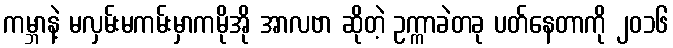
ကမ္ဘာနဲ့ မလှမ်းမကမ်းမှာကမိုအို အာလဗာ ဆိုတဲ့ ဥက္ကာခဲတခု ပတ်နေတာကို ၂၀၁၆